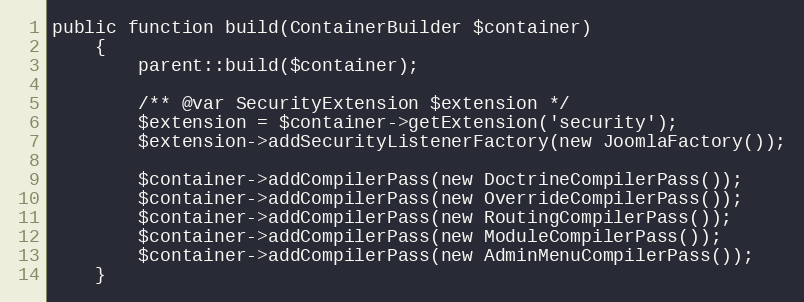
Language: PHP
public function build(ContainerBuilder $container)
    {
        parent::build($container);

        /** @var SecurityExtension $extension */
        $extension = $container->getExtension('security');
        $extension->addSecurityListenerFactory(new JoomlaFactory());

        $container->addCompilerPass(new DoctrineCompilerPass());
        $container->addCompilerPass(new OverrideCompilerPass());
        $container->addCompilerPass(new RoutingCompilerPass());
        $container->addCompilerPass(new ModuleCompilerPass());
        $container->addCompilerPass(new AdminMenuCompilerPass());
    }